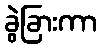
ခွဲခြားကာ